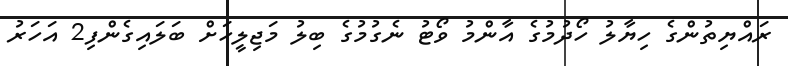
ރައްޔިތުންގެ ހިޔާލު ހޯދުމުގެ އާންމު ވޯޓު ނެގުމުގެ ބިލު މަޖިލީހަށް ބަލައިގެންފި2 އަހަރު